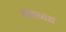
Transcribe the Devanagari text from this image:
सीताध्यक्ष